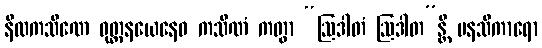
နီလကသိဏေ ဝုတ္တနယေနေဝ ကသိဏံ ကတွာ “ဩဒါတံ ဩဒါတ”န္တိ မနသိကာရော